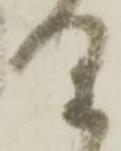
り